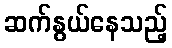
ဆက်နွယ်နေသည့်